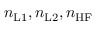
n _ { \mathrm { L 1 } } , n _ { \mathrm { L 2 } } , n _ { \mathrm { H F } }